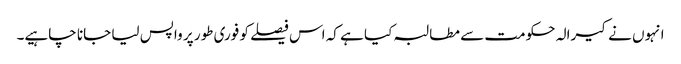
انہوں نے کیرالہ حکومت سے مطالبہ کیا ہے کہ اس فیصلے کو فوری طور پر واپس لیا جانا چاہیے۔